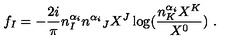
f _ { I } = - \frac { 2 i } { \pi } n _ { I } ^ { \alpha _ { i } } { n ^ { \alpha _ { i } } } _ { J } X ^ { J } \log ( \frac { n _ { K } ^ { \alpha _ { i } } X ^ { K } } { X ^ { 0 } } ) \ .